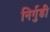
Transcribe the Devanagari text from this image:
निर्गुडी